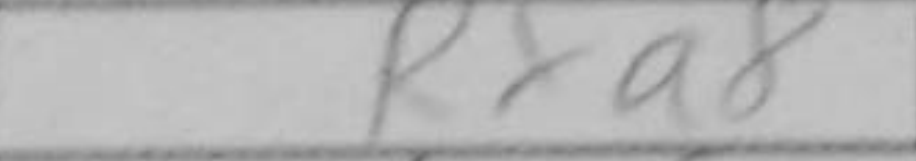
Transcription: Rxa8